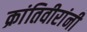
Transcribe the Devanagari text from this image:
क्रांतिवीरांनी